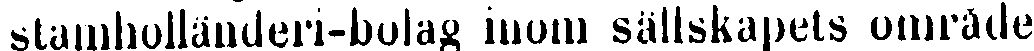
slamholländeri-bolag inom sällskapets område,